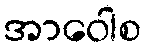
အာဝေါစ